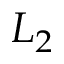
L _ { 2 }